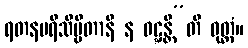
ရတနပရိသိဗ္ဗိတာနိ န ဝဋ္ဋန္တီ”တိ ဝုတ္တံ။